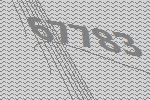
67783